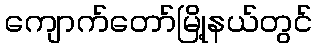
ကျောက်တော်မြို့နယ်တွင်